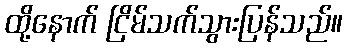
ထို့နောက် ငြိမ်သက်သွားပြန်သည်။